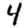
Digit: 4